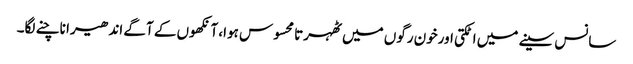
سانس سینے میں اٹکتی اورخون رگوں میں ٹھہرتا محسوس ہوا، آنکھوں کے آگے اندھیرا ناچنے لگا۔